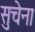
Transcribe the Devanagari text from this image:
सुचेना